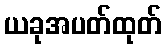
ယခုအပတ်ထုတ်